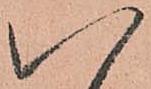
八